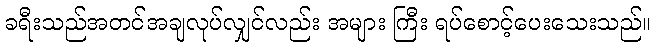
ခရီးသည်အတင်အချလုပ်လျှင်လည်း အများ ကြီး ရပ်စောင့်ပေးသေးသည်။